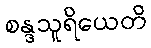
စန္ဒသူရိယေတိ